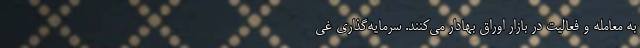
به معامله و فعالیت در بازار اوراق بهادار می‌کنند. سرمایه‌گذاری غی